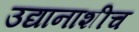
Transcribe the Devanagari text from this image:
उद्यानाशीच